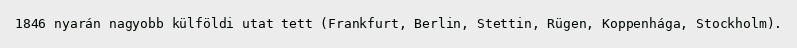
1846 nyarán nagyobb külföldi utat tett (Frankfurt, Berlin, Stettin, Rügen, Koppenhága, Stockholm).